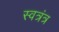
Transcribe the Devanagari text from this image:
स्वत्रंत्र